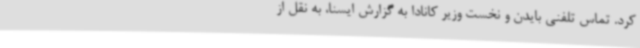
کرد. تماس تلفنی بایدن و نخست وزیر کانادا به گزارش ایسنا، به نقل از